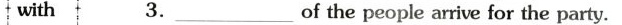
with3.\underline of the people arrive for the party.